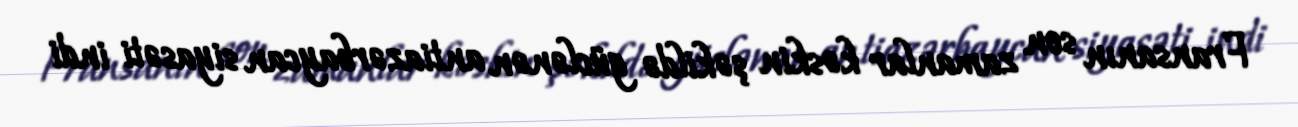
Fransanın son zamanlar kəskin şəkildə güclənən antiazərbaycan siyasəti indi